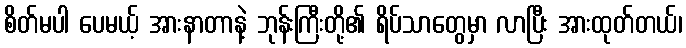
စိတ်မပါ ပေမယ့် အားနာတာနဲ့ ဘုန်းကြီးတို့၏ ရိပ်သာတွေမှာ လာပြီး အားထုတ်တယ်၊